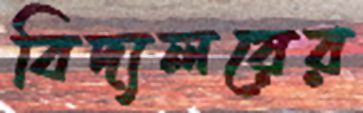
বিদ্যলয়ের